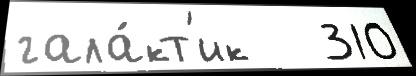
гала́кт'ик   310